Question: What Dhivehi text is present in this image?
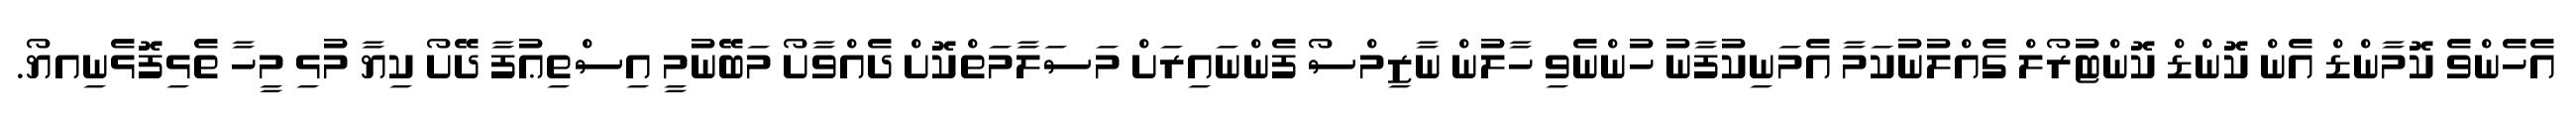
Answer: އެހެންވެ ކޮމާންޑް އެން ކޮންޑް ކޮންޓުރޯލް ގެއްލުނުކަމާ އެމަނިކުފާނު ހުންނެވި ހާލުން ނާޒިމްސޯ ފެންނައިރަށް މަސަލާމަތްކޮށް ދެއްވާށޯ މަބޭނުމީ އިސްތިޢުފާ ދޭށޯ ކިޔާ މުޅި މީހާ ތެޅިފޮޅެނިއޔޯ.